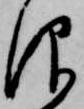
仰